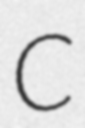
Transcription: C